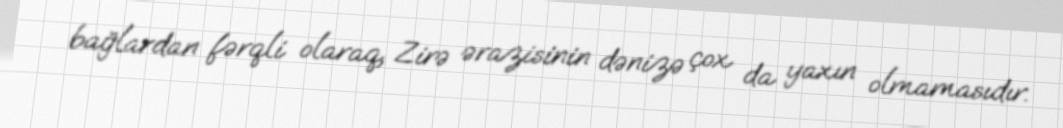
bağlardan fərqli olaraq, Zirə ərazisinin dənizə çox da yaxın olmamasıdır.